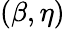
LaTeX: (\beta,\eta)